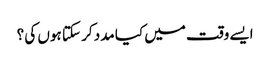
ایسے وقت میں کیا مدد کر سکتا ہوں کی ؟